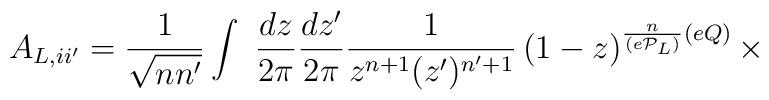
A_{L,ii'}=	 \frac{1}{\sqrt{nn'}}\int~\frac{dz}{2\pi}\frac{dz'}{2\pi}        \frac{1}{z^{n+1}(z')^{n'+1}}        \left(1-z\right)^{\frac{n}{(e{\cal P}_{L})}(eQ)}	\times